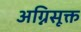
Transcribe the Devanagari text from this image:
अग्निसूक्त